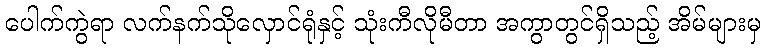
ပေါက်ကွဲရာ လက်နက်သိုလှောင်ရုံနှင့် သုံးကီလိုမီတာ အကွာတွင်ရှိသည့် အိမ်များမှ